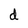
Character: d